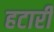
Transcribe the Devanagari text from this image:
हटारी